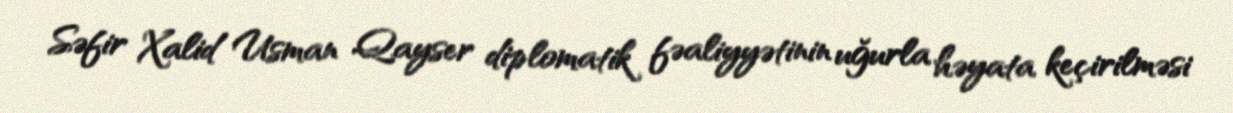
Səfir Xalid Usman Qayser diplomatik fəaliyyətinin uğurla həyata keçirilməsi